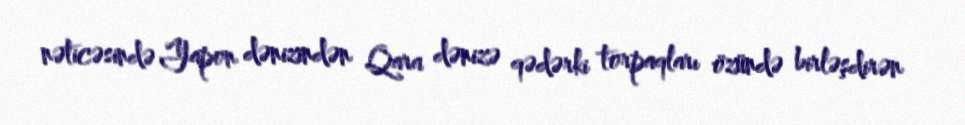
nəticəsində Yapon dənizindən Qara dənizə qədərki torpaqları özündə birləşdirən